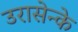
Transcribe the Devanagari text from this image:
उरासेन्के